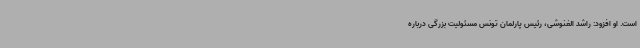
است. او افزود: راشد الغنوشی، رئیس پارلمان تونس مسئولیت بزرگی درباره